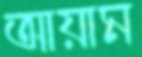
আয়াম